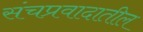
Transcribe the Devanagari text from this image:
संचप्रवादातील